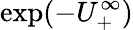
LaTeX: \exp(-U_{+}^{\infty})